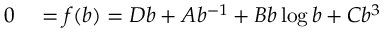
\begin{array} { r l } { 0 } & { { } = f ( b ) = D b + A b ^ { - 1 } + B b \log b + C b ^ { 3 } } \end{array}